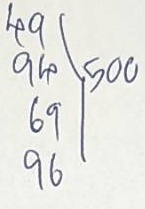
49 - 500
94 - 500
69 - 500
96 - 500